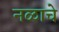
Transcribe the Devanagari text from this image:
नळाचे